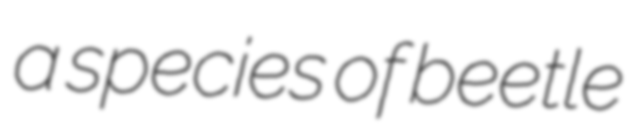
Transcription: a species of beetle